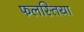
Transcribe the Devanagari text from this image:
फलस्तिया